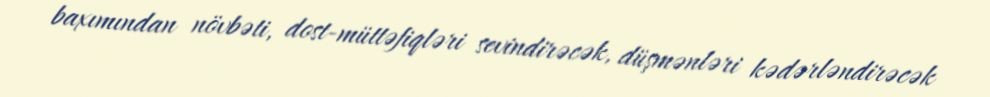
baxımından növbəti, dost-müttəfiqləri sevindirəcək, düşmənləri kədərləndirəcək